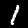
Label: 1